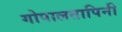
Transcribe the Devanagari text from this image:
गोपालतापिनी